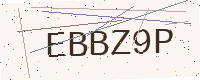
Text: EBBZ9P